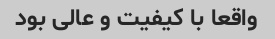
واقعا با کیفیت و عالی بود